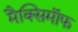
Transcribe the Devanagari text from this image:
मैक्सिमाॅफ